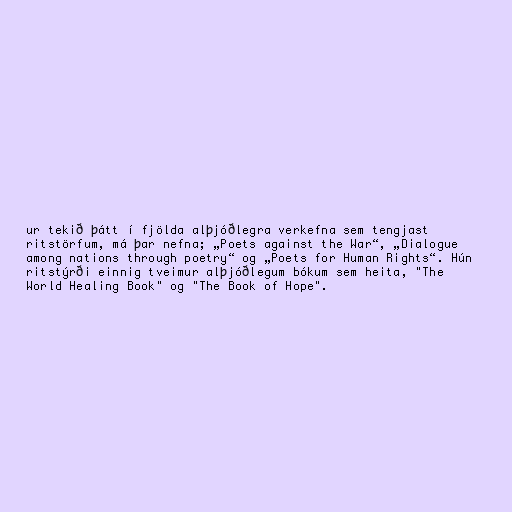
ur tekið þátt í fjölda alþjóðlegra verkefna sem tengjast
ritstörfum, má þar nefna; „Poets against the War“, „Dialogue
among nations through poetry“ og „Poets for Human Rights“. Hún
ritstýrði einnig tveimur alþjóðlegum bókum sem heita, "The
World Healing Book" og "The Book of Hope".